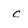
Character: c